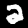
Label: 2